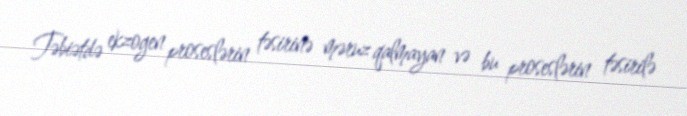
Təbiətdə ekzogen proseslərin təsirinə məruz qalmayan və bu proseslərin təsirilə